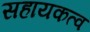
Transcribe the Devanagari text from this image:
सहायकत्व